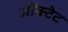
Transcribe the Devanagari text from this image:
ऑक्टेट